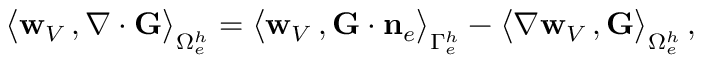
\begin{array} { r } { \big \langle { { \bf w } _ { V } } \, , \boldsymbol { \nabla } \cdot { \bf G } \big \rangle _ { \Omega _ { e } ^ { h } } = \big \langle { { \bf w } _ { V } } \, , { \bf G } \cdot { { \bf n } } _ { e } \big \rangle _ { \Gamma _ { e } ^ { h } } - \big \langle \nabla { { \bf w } _ { V } } \, , { \bf G } \big \rangle _ { \Omega _ { e } ^ { h } } \, , } \end{array}